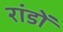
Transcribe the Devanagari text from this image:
रांडों